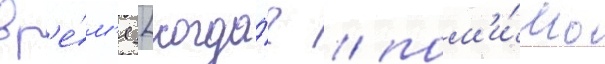
вр'е́м'я [когда́? / пом'и́мо